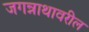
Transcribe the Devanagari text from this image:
जगन्नाथावरील